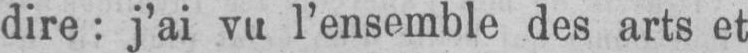
dire: j’ai vu l’ensemble des arts et